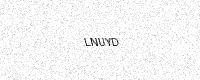
Text: LNUYD